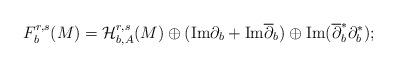
LaTeX: \begin{align*}F^{r,s}_{b}(M)=\mathcal{H}^{r,s}_{b,A}(M)\oplus ({\rm Im}\partial_b+{\rm Im}\overline{\partial}_b)\oplus{\rm Im}(\overline{\partial}_b^*\partial_b^*);\end{align*}